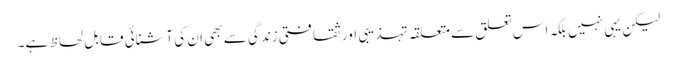
لیکن یہی نہیں بلکہ اس تعلق سے متعلقہ تہذیبی اور ثقافتی زندگی سے بھی ان کی آشنائی قابل لحاظ ہے۔